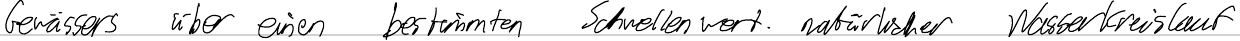
Gewässers über einen bestimmten Schwellenwert. natürlicher Wasserkreislauf